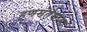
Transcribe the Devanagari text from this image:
हणमंतमामा